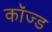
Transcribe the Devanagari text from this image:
कॉज्ड